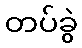
တပ်ခွဲ